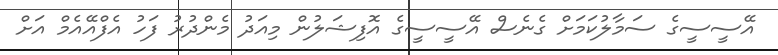
އޭސީސީގެ ސަމާލުކަމަށް ގެނެސް އޭސީސީގެ އޮފިޝަލުން މިއަދު މެންދުރު ފަހު އެފްއޭއެމް އަށް